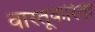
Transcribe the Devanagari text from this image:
वास्तूंकरिता